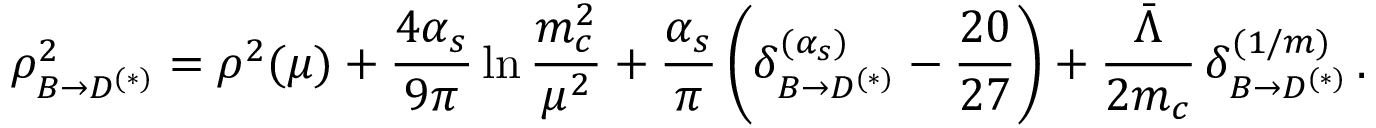
\rho _ { B \to D ^ { ( * ) } } ^ { 2 } = \rho ^ { 2 } ( \mu ) + { \frac { 4 \alpha _ { s } } { 9 \pi } } \ln { \frac { m _ { c } ^ { 2 } } { \mu ^ { 2 } } } + { \frac { \alpha _ { s } } { \pi } } \, \bigg ( \delta _ { B \to D ^ { ( * ) } } ^ { ( \alpha _ { s } ) } - { \frac { 2 0 } { 2 7 } } \bigg ) + { \frac { \bar { \Lambda } } { 2 m _ { c } } } \, \delta _ { B \to D ^ { ( * ) } } ^ { ( 1 / m ) } \, .